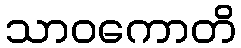
သာဝကောတိ